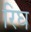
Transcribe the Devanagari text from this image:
रिघ